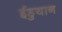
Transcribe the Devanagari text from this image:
ईडुयान